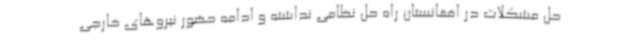
حل مشکلات در افغانستان راه حل نظامی نداشته و ادامه حضور نیروهای خارجی